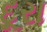
દૂરા